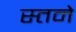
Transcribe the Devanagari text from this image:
स्तने